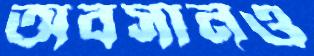
অবসানও